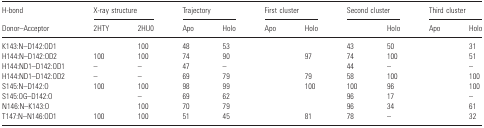
<table><thead><tr><td><b>H-bond</b></td><td colspan="2"><b>X-ray structure</b></td><td colspan="2"><b>Trajectory</b></td><td colspan="2"><b>First cluster</b></td><td colspan="2"><b>Second cluster</b></td><td colspan="2"><b>Third cluster</b></td></tr><tr><td><b>Donor–Acceptor</b></td><td><b>2HTY</b></td><td><b>2HU0</b></td><td><b>Apo</b></td><td><b>Holo</b></td><td><b>Apo</b></td><td><b>Holo</b></td><td>[EMPTY_CELL]</td><td><b>Holo</b></td><td><b>Apo</b></td><td><b>Holo</b></td></tr></thead><tbody><tr><td>K143:N–D142:OD1</td><td>[EMPTY_CELL]</td><td>100</td><td>48</td><td>53</td><td>[EMPTY_CELL]</td><td>[EMPTY_CELL]</td><td>43</td><td>50</td><td>[EMPTY_CELL]</td><td>31</td></tr><tr><td>H144:N–D142:OD2</td><td>100</td><td>100</td><td>74</td><td>90</td><td>[EMPTY_CELL]</td><td>97</td><td>74</td><td>100</td><td>[EMPTY_CELL]</td><td>51</td></tr><tr><td>H144:ND1–D142:OD1</td><td>–</td><td>–</td><td>47</td><td>–</td><td>[EMPTY_CELL]</td><td>[EMPTY_CELL]</td><td>44</td><td>–</td><td>[EMPTY_CELL]</td><td>–</td></tr><tr><td>H144:ND1–D142:OD2</td><td>–</td><td>–</td><td>69</td><td>79</td><td>[EMPTY_CELL]</td><td>79</td><td>58</td><td>100</td><td>[EMPTY_CELL]</td><td>100</td></tr><tr><td>S145:N–D142:O</td><td>100</td><td>100</td><td>98</td><td>99</td><td>[EMPTY_CELL]</td><td>100</td><td>100</td><td>96</td><td>[EMPTY_CELL]</td><td>100</td></tr><tr><td>S145:OG–D142:O</td><td>[EMPTY_CELL]</td><td>–</td><td>69</td><td>62</td><td>[EMPTY_CELL]</td><td>[EMPTY_CELL]</td><td>96</td><td>17</td><td>[EMPTY_CELL]</td><td>–</td></tr><tr><td>N146:N–K143:O</td><td>[EMPTY_CELL]</td><td>100</td><td>70</td><td>79</td><td>[EMPTY_CELL]</td><td>[EMPTY_CELL]</td><td>96</td><td>34</td><td>[EMPTY_CELL]</td><td>61</td></tr><tr><td>T147:N–N146:OD1</td><td>100</td><td>100</td><td>51</td><td>45</td><td>[EMPTY_CELL]</td><td>81</td><td>78</td><td>–</td><td>[EMPTY_CELL]</td><td>32</td></tr></tbody></table>